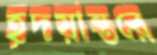
হূদয়ান্তরে